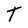
Character: T